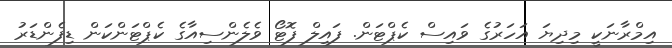
އިމްރާނަކީ މިދިޔަ އަހަރުގެ ވައިސް ކެޕްޓަން. ފައިލް ފޮޓޯ ވެލެންސިއާގެ ކެޕްޓަންކަން ޑިފެންޑަރު